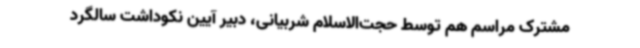
مشترک مراسم هم توسط حجت‌الاسلام شربیانی، دبیر آیین نکوداشت سالگرد